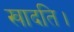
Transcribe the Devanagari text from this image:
खादति।